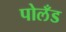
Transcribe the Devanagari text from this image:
पोलँड